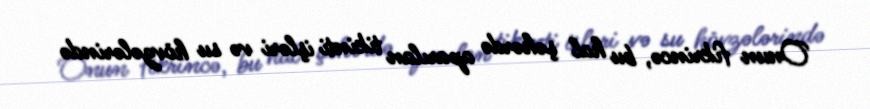
Onun fikrincə, bu hal şəhərdə aparılan tikinti işləri və su hövzələrində